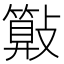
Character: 𣀔